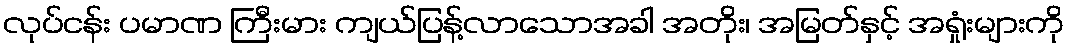
လုပ်ငန်း ပမာဏ ကြီးမား ကျယ်ပြန့်လာသောအခါ အတိုး၊ အမြတ်နှင့် အရှုံးများကို